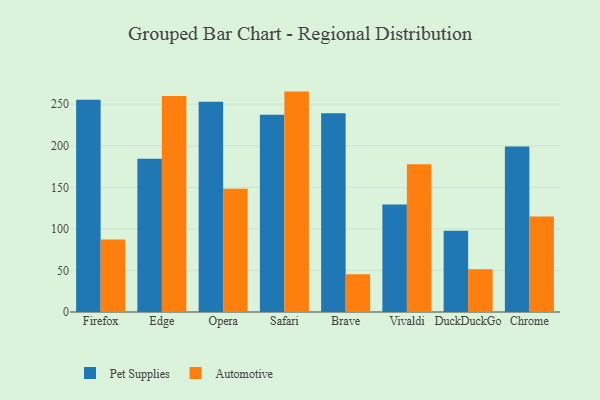
{"axis": {"x": "Browser", "y": "Demand Index"}, "legend": ["Automotive", "Pet Supplies"], "data": [{"x": "Firefox", "y": 255.5, "type": "Pet Supplies"}, {"x": "Firefox", "y": 87.2, "type": "Automotive"}, {"x": "Edge", "y": 184.3, "type": "Pet Supplies"}, {"x": "Edge", "y": 259.8, "type": "Automotive"}, {"x": "Opera", "y": 252.9, "type": "Pet Supplies"}, {"x": "Opera", "y": 148.3, "type": "Automotive"}, {"x": "Safari", "y": 237.3, "type": "Pet Supplies"}, {"x": "Safari", "y": 265.2, "type": "Automotive"}, {"x": "Brave", "y": 239.0, "type": "Pet Supplies"}, {"x": "Brave", "y": 45.4, "type": "Automotive"}, {"x": "Vivaldi", "y": 129.5, "type": "Pet Supplies"}, {"x": "Vivaldi", "y": 177.7, "type": "Automotive"}, {"x": "DuckDuckGo", "y": 97.7, "type": "Pet Supplies"}, {"x": "DuckDuckGo", "y": 51.5, "type": "Automotive"}, {"x": "Chrome", "y": 199.2, "type": "Pet Supplies"}, {"x": "Chrome", "y": 114.9, "type": "Automotive"}]}